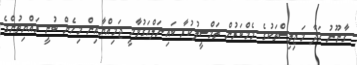
ގާނޫނު ހަދާ މަޖިލިސްތަކުގެ މެމްބަރުން ތަމްސީލުކުރާ ބައިނަލްއަގުވާމީ ޖަމިއްޔާއިން މިހެން ބުނީ ރައްޔިތުންގެ